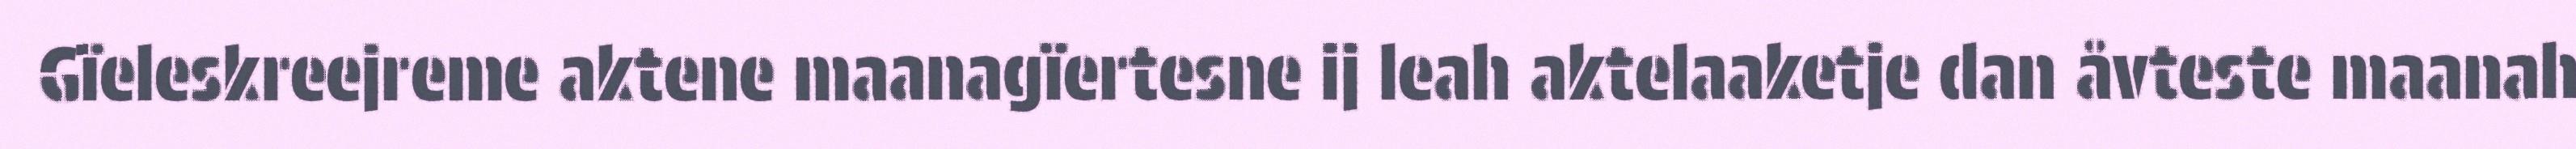
Gïeleskreejreme aktene maanagïertesne ij leah aktelaaketje dan åvteste maanah